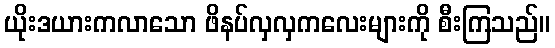
ယိုးဒယားကလာသော ဖိနပ်လှလှကလေးများကို စီးကြသည်။